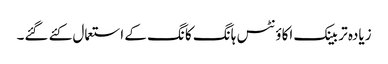
زیادہ تر بینک اکاؤنٹس ہانگ کانگ کے استعمال کئے گئے۔